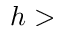
h >